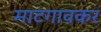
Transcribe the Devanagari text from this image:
माटगावकर